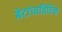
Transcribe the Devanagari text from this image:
बेटांव्यतिरिक्त